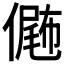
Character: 𠎴